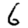
Digit: 6